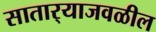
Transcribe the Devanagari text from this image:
सातार्‍याजवळील